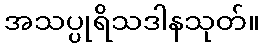
အသပ္ပုရိသဒါနသုတ်။